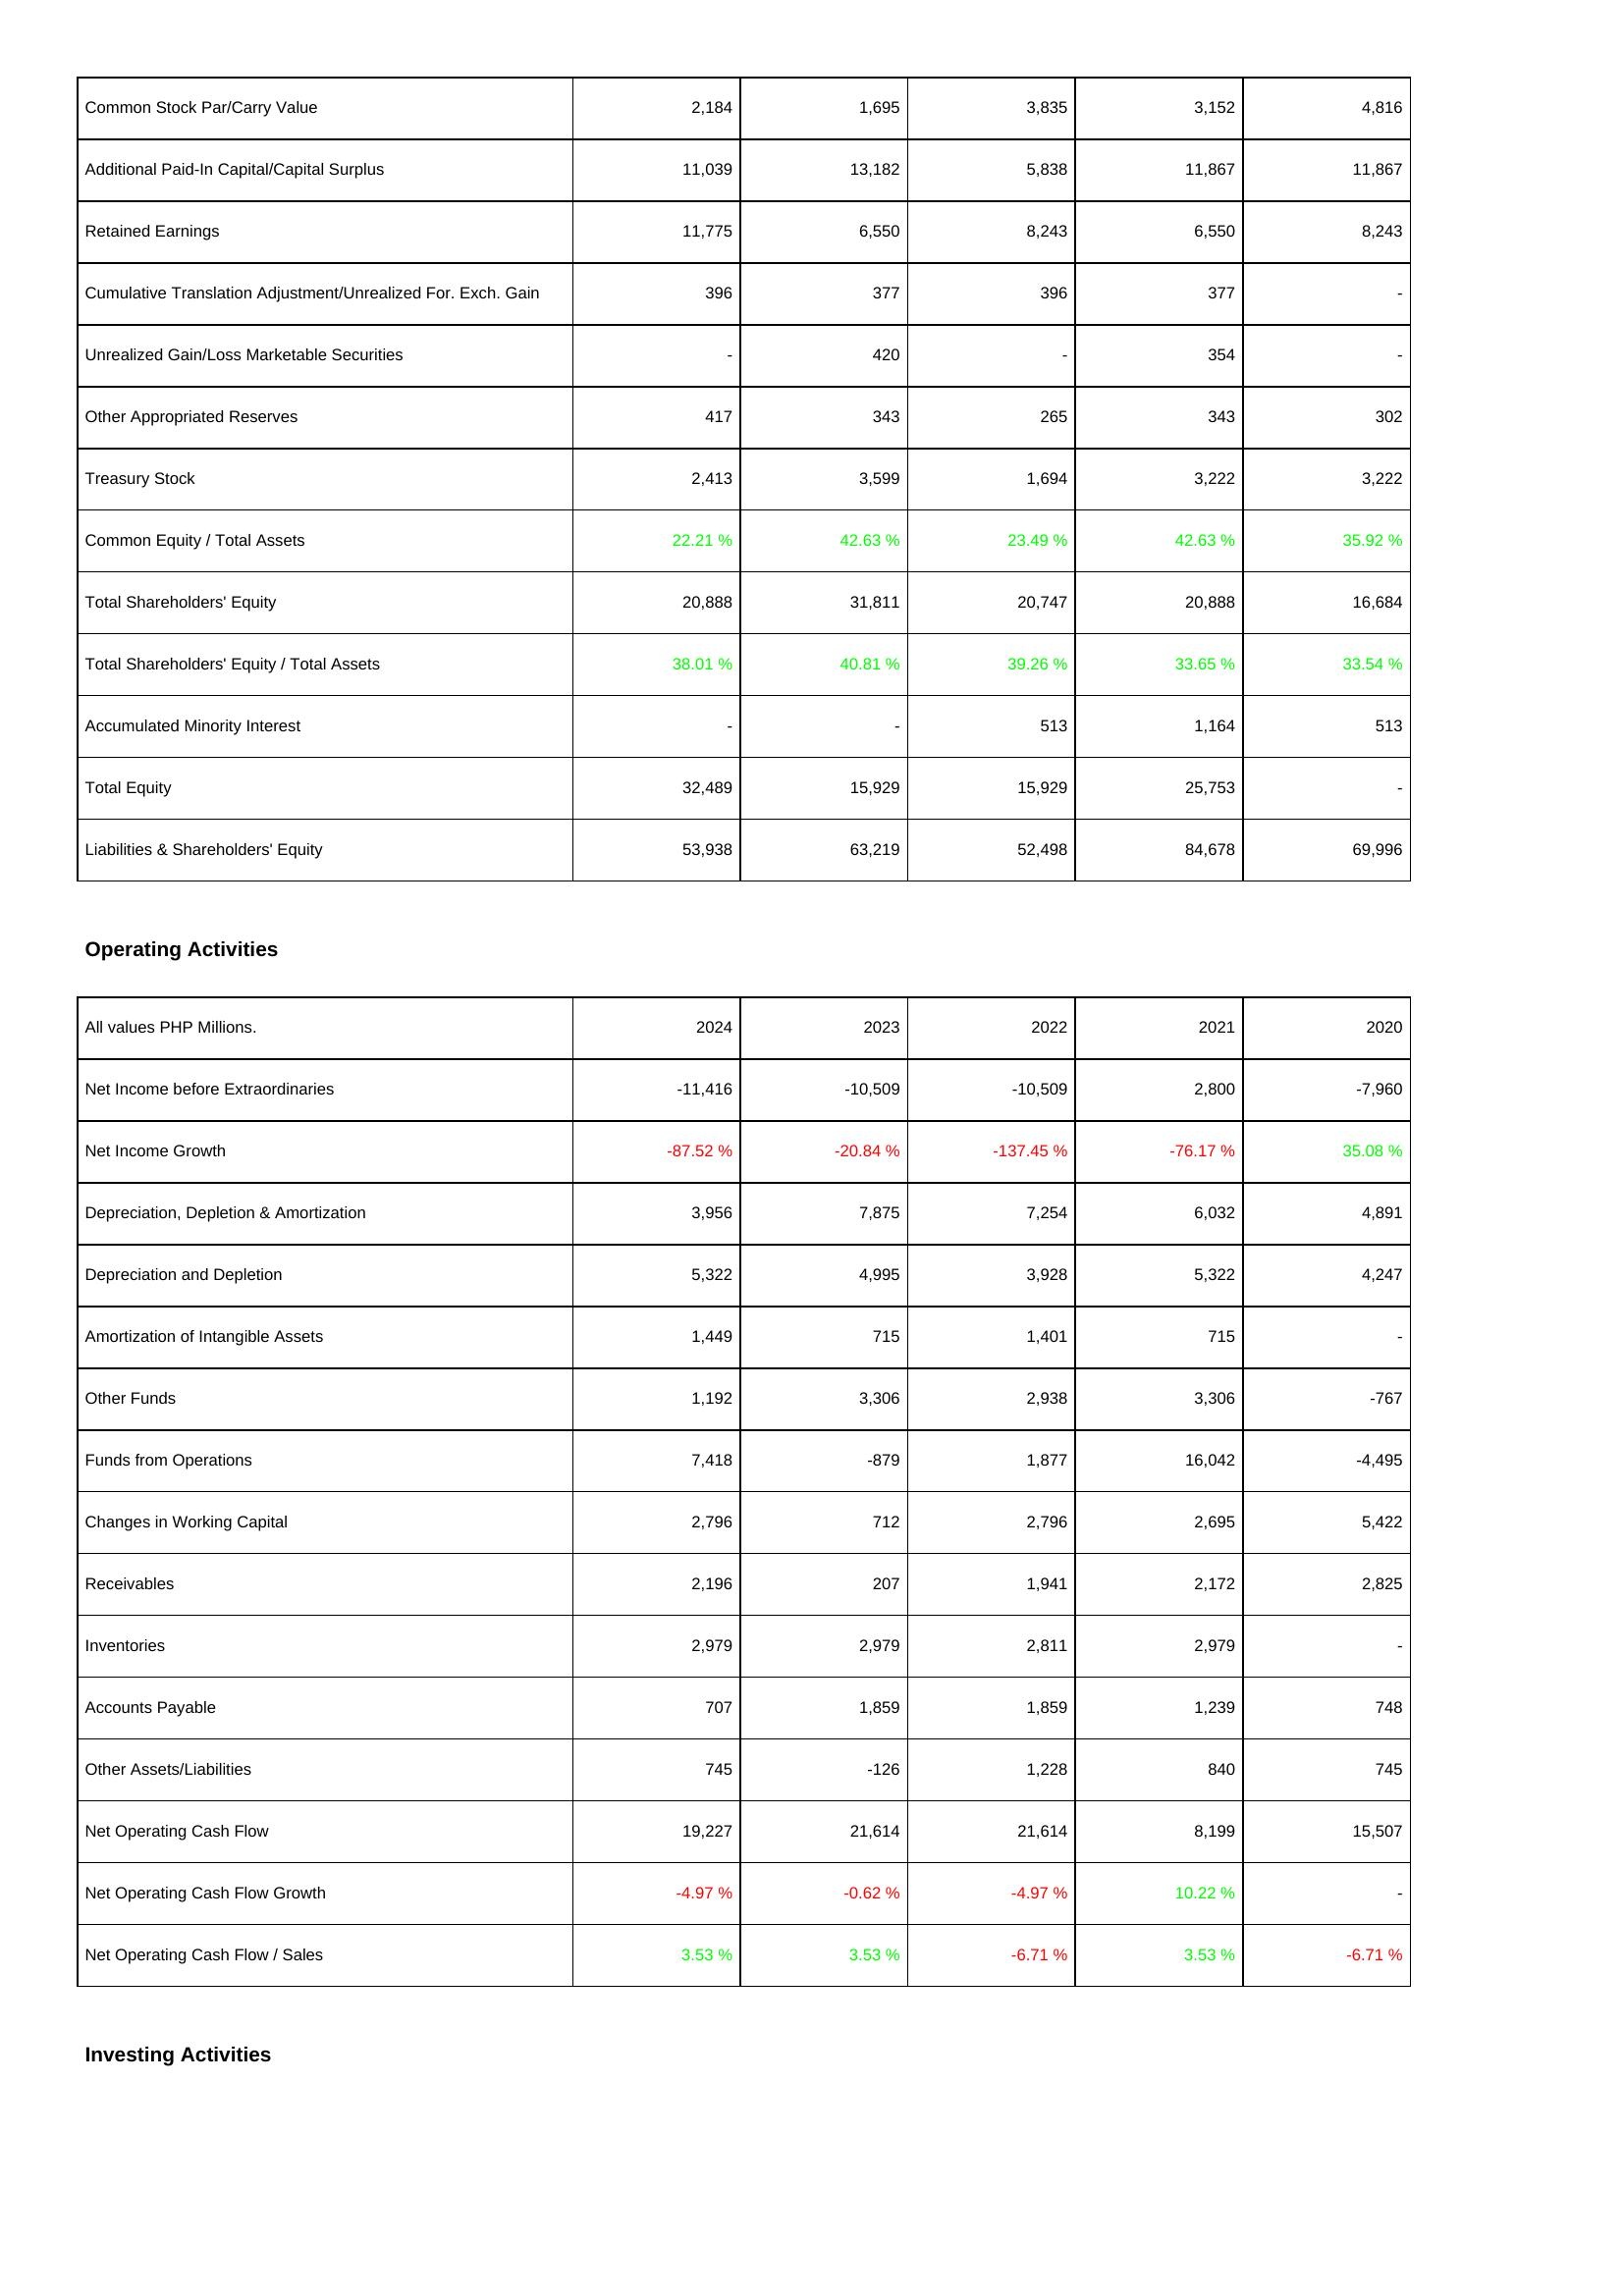
2024: Liabilities & Shareholders' Equity: Common Stock Par/Carry Value: 2,184
Additional Paid-In Capital/Capital Surplus: 11,039
Retained Earnings: 11,775
Cumulative Translation Adjustment/Unrealized For. Exch. Gain: 396
Unrealized Gain/Loss Marketable Securities: -
Other Appropriated Reserves: 417
Treasury Stock: 2,413
Common Equity / Total Assets: 22.21 %
Total Shareholders' Equity: 20,888
Total Shareholders' Equity / Total Assets: 38.01 %
Accumulated Minority Interest: -
Total Equity: 32,489
Liabilities & Shareholders' Equity: 53,938
Operating Activities: Net Income before Extraordinaries: -11,416
Net Income Growth: -87.52 %
Depreciation, Depletion & Amortization: 3,956
Depreciation and Depletion: 5,322
Amortization of Intangible Assets: 1,449
Other Funds: 1,192
Funds from Operations: 7,418
Changes in Working Capital: 2,796
Receivables: 2,196
Inventories: 2,979
Accounts Payable: 707
Other Assets/Liabilities: 745
Net Operating Cash Flow: 19,227
Net Operating Cash Flow Growth: -4.97 %
Net Operating Cash Flow / Sales: 3.53 %
2023: Liabilities & Shareholders' Equity: Common Stock Par/Carry Value: 1,695
Additional Paid-In Capital/Capital Surplus: 13,182
Retained Earnings: 6,550
Cumulative Translation Adjustment/Unrealized For. Exch. Gain: 377
Unrealized Gain/Loss Marketable Securities: 420
Other Appropriated Reserves: 343
Treasury Stock: 3,599
Common Equity / Total Assets: 42.63 %
Total Shareholders' Equity: 31,811
Total Shareholders' Equity / Total Assets: 40.81 %
Accumulated Minority Interest: -
Total Equity: 15,929
Liabilities & Shareholders' Equity: 63,219
Operating Activities: Net Income before Extraordinaries: -10,509
Net Income Growth: -20.84 %
Depreciation, Depletion & Amortization: 7,875
Depreciation and Depletion: 4,995
Amortization of Intangible Assets: 715
Other Funds: 3,306
Funds from Operations: -879
Changes in Working Capital: 712
Receivables: 207
Inventories: 2,979
Accounts Payable: 1,859
Other Assets/Liabilities: -126
Net Operating Cash Flow: 21,614
Net Operating Cash Flow Growth: -0.62 %
Net Operating Cash Flow / Sales: 3.53 %
2022: Liabilities & Shareholders' Equity: Common Stock Par/Carry Value: 3,835
Additional Paid-In Capital/Capital Surplus: 5,838
Retained Earnings: 8,243
Cumulative Translation Adjustment/Unrealized For. Exch. Gain: 396
Unrealized Gain/Loss Marketable Securities: -
Other Appropriated Reserves: 265
Treasury Stock: 1,694
Common Equity / Total Assets: 23.49 %
Total Shareholders' Equity: 20,747
Total Shareholders' Equity / Total Assets: 39.26 %
Accumulated Minority Interest: 513
Total Equity: 15,929
Liabilities & Shareholders' Equity: 52,498
Operating Activities: Net Income before Extraordinaries: -10,509
Net Income Growth: -137.45 %
Depreciation, Depletion & Amortization: 7,254
Depreciation and Depletion: 3,928
Amortization of Intangible Assets: 1,401
Other Funds: 2,938
Funds from Operations: 1,877
Changes in Working Capital: 2,796
Receivables: 1,941
Inventories: 2,811
Accounts Payable: 1,859
Other Assets/Liabilities: 1,228
Net Operating Cash Flow: 21,614
Net Operating Cash Flow Growth: -4.97 %
Net Operating Cash Flow / Sales: -6.71 %
2021: Liabilities & Shareholders' Equity: Common Stock Par/Carry Value: 3,152
Additional Paid-In Capital/Capital Surplus: 11,867
Retained Earnings: 6,550
Cumulative Translation Adjustment/Unrealized For. Exch. Gain: 377
Unrealized Gain/Loss Marketable Securities: 354
Other Appropriated Reserves: 343
Treasury Stock: 3,222
Common Equity / Total Assets: 42.63 %
Total Shareholders' Equity: 20,888
Total Shareholders' Equity / Total Assets: 33.65 %
Accumulated Minority Interest: 1,164
Total Equity: 25,753
Liabilities & Shareholders' Equity: 84,678
Operating Activities: Net Income before Extraordinaries: 2,800
Net Income Growth: -76.17 %
Depreciation, Depletion & Amortization: 6,032
Depreciation and Depletion: 5,322
Amortization of Intangible Assets: 715
Other Funds: 3,306
Funds from Operations: 16,042
Changes in Working Capital: 2,695
Receivables: 2,172
Inventories: 2,979
Accounts Payable: 1,239
Other Assets/Liabilities: 840
Net Operating Cash Flow: 8,199
Net Operating Cash Flow Growth: 10.22 %
Net Operating Cash Flow / Sales: 3.53 %
2020: Liabilities & Shareholders' Equity: Common Stock Par/Carry Value: 4,816
Additional Paid-In Capital/Capital Surplus: 11,867
Retained Earnings: 8,243
Cumulative Translation Adjustment/Unrealized For. Exch. Gain: -
Unrealized Gain/Loss Marketable Securities: -
Other Appropriated Reserves: 302
Treasury Stock: 3,222
Common Equity / Total Assets: 35.92 %
Total Shareholders' Equity: 16,684
Total Shareholders' Equity / Total Assets: 33.54 %
Accumulated Minority Interest: 513
Total Equity: -
Liabilities & Shareholders' Equity: 69,996
Operating Activities: Net Income before Extraordinaries: -7,960
Net Income Growth: 35.08 %
Depreciation, Depletion & Amortization: 4,891
Depreciation and Depletion: 4,247
Amortization of Intangible Assets: -
Other Funds: -767
Funds from Operations: -4,495
Changes in Working Capital: 5,422
Receivables: 2,825
Inventories: -
Accounts Payable: 748
Other Assets/Liabilities: 745
Net Operating Cash Flow: 15,507
Net Operating Cash Flow Growth: -
Net Operating Cash Flow / Sales: -6.71 %